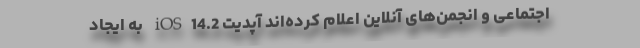
اجتماعی و انجمن‌های آنلاین اعلام کرده‌اند آپدیت iOS14.2 به ایجاد